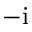
- \mathrm { i }